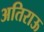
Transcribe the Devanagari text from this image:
अतिराऊ